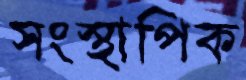
সংস্থাপিক